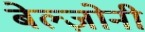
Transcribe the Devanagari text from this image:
बेल्ज़ोनी